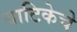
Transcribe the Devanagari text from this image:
वाटिकेचे